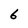
Character: 6